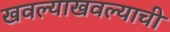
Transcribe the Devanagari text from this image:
खवल्याखवल्याची